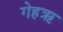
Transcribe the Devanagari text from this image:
गेहऋ